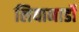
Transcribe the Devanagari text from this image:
लियानार्डो